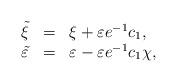
LaTeX: \begin{align*}\begin{array}{rcl}\tilde{\xi} & = & \xi + \varepsilon e^{-1} c_1 ,\\ \tilde{\varepsilon} & = & \varepsilon -\varepsilon e^{-1} c_1 \chi , \end{array}\end{align*}